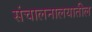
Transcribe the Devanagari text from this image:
संचालनालयातील